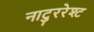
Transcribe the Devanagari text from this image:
नाटुररेश्ट